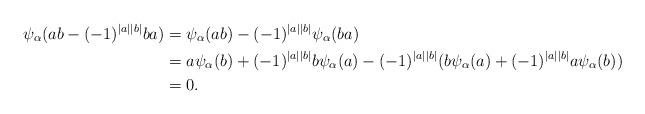
LaTeX: \begin{align*}\psi_{\alpha}(ab-(-1)^{|a||b|}ba)&=\psi_{\alpha}(ab)-(-1)^{|a||b|}\psi_{\alpha}(ba)\\&=a\psi_{\alpha}(b)+(-1)^{|a||b|}b\psi_{\alpha}(a)-(-1)^{|a||b|}(b\psi_{\alpha}(a)+(-1)^{|a||b|}a\psi_{\alpha}(b))\\&=0.\end{align*}